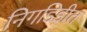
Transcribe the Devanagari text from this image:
निगडिडीत